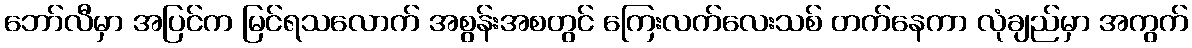
ဘော်လီမှာ အပြင်က မြင်ရသလောက် အစွန်းအစတွင် ကြေးလက်လေးသစ် တက်နေကာ လုံချည်မှာ အကွက်